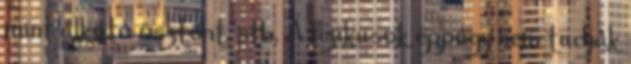
mint alkotó ösztönt, stb. A fizikusok éppúgy nem tudják